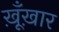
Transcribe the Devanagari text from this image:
ख़ूँख़ार